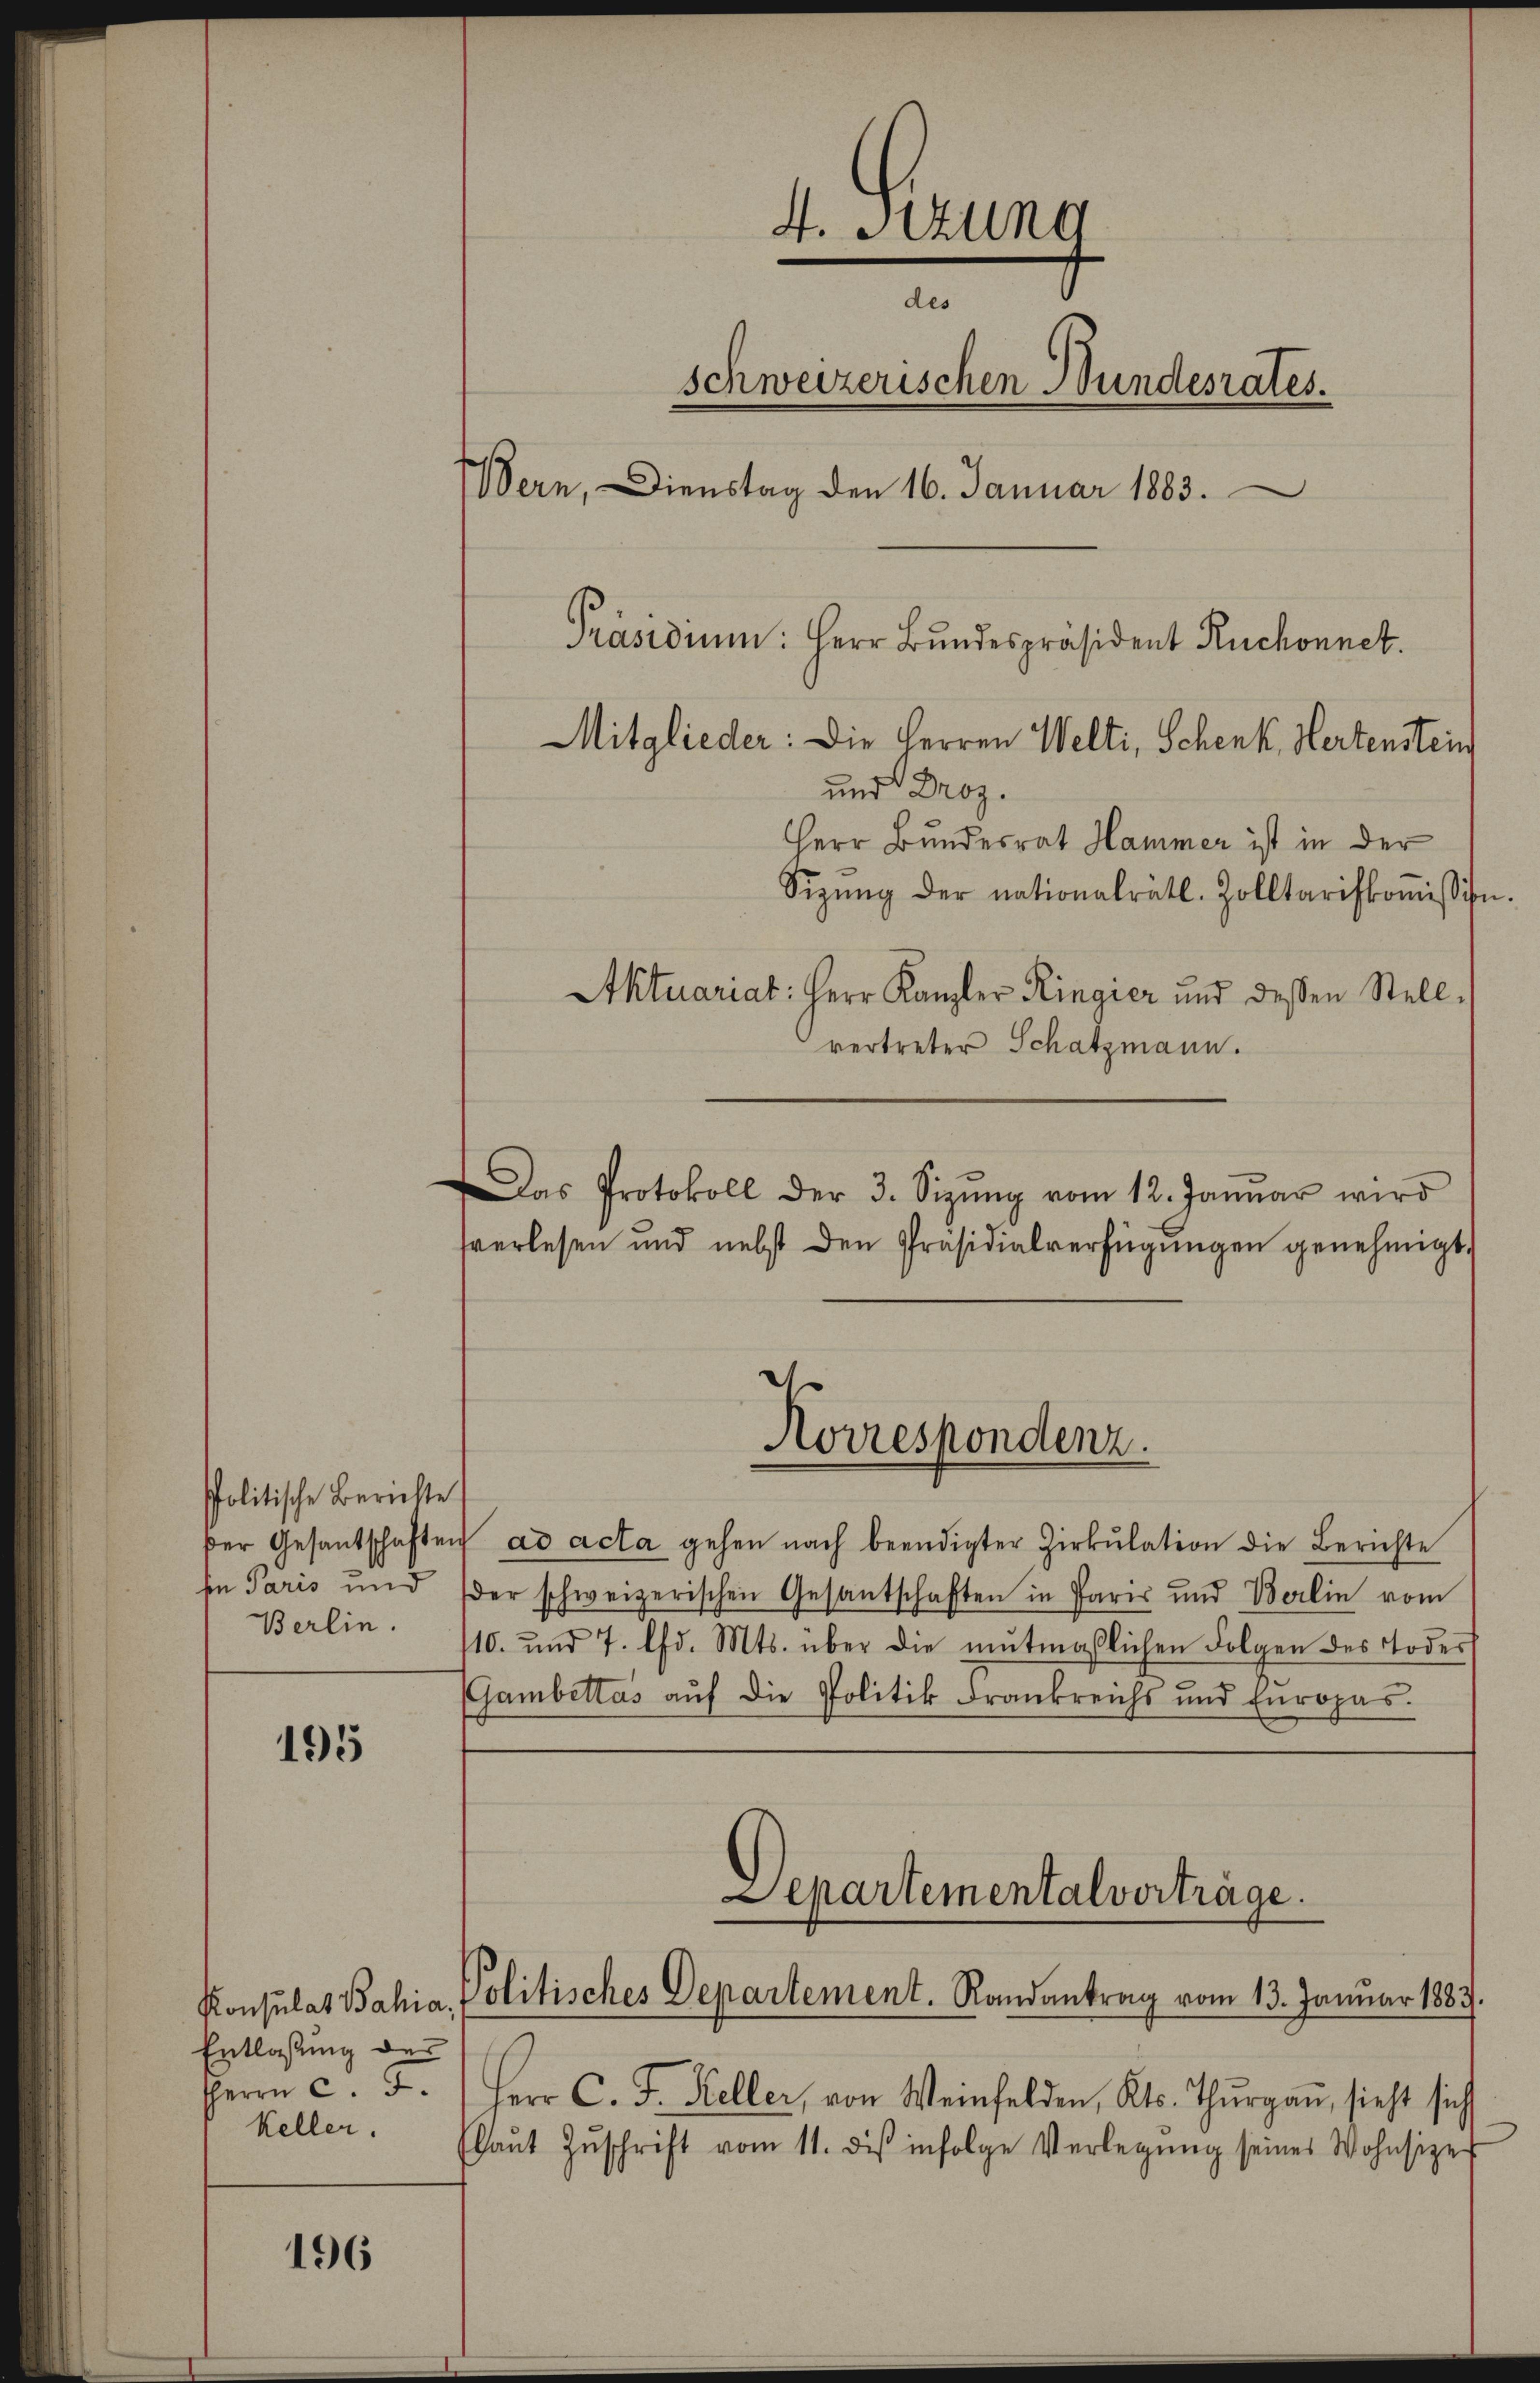
politische Berichte
hn Paris und
Berlin.

195

Entlassung der
keller.

196

Aktuariat: Herr Kanzler Ringier und dessen Stellvertreter Schatzmann.
Das Protokoll der 3. Sizŭng vom 12. Janŭar wird
sverlesen und nebst den Präsidialverfügungen genehmigt.

der Gesantschaften ad acta gehen nach beendigter Zirkŭlation die Berichte
der schweizerischen Gesantschaften in Paris und Berlin vom
10. und 7. lfd. Mts. über die mutmaßlichen Folgen des Todes
Gambettas aŭf die Politik Frankreichs und Europas.

4. Sitzung
des
schweizerischen Bundesrates.
.
Wern, Dienstag den 16. Januar 1883.
Präsidium: Herr Bundespräsident Ruchonnet
Mitglieder: Die Herren Welti, Schenk, Hertenstein
und Droz.
Herr Bundesrat Hammer ist in der
Sizŭng der nationalrätl. Zolltarifkoṁission.

Korrespondenz.

Departementalverträge.
Konsulat Bahia, Politisches Departement. Randantrag vom 13. Januar 1883.

Herrn C. F. Herr C. J. Keller, von Weinfelden, Kts. Thŭrgaŭ, sieht sich
Gaŭt Zŭschrift vom 11. des infolge Verlegŭng seines Wohnsizer